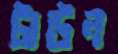
টাউন